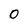
Character: 0